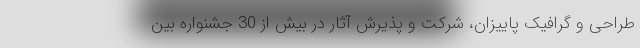
طراحی و گرافیک پاییزان، شرکت و پذیرش آثار در بیش از 30 جشنواره بین